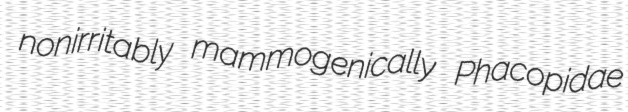
nonirritably mammogenically Phacopidae